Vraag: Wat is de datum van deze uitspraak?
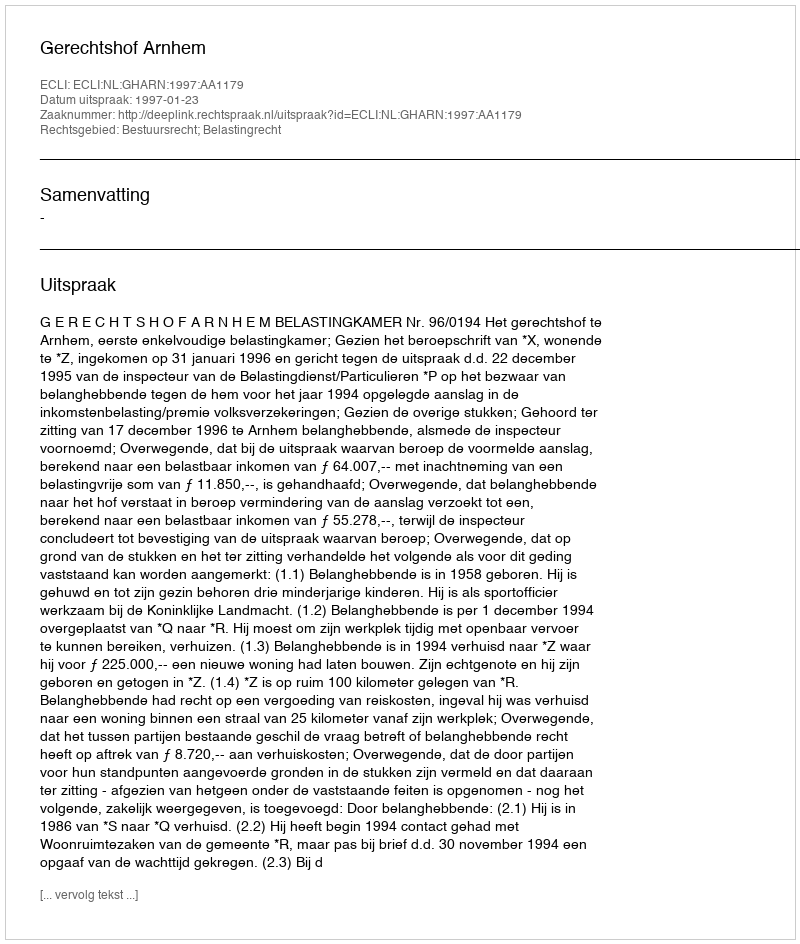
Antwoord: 1997-01-23